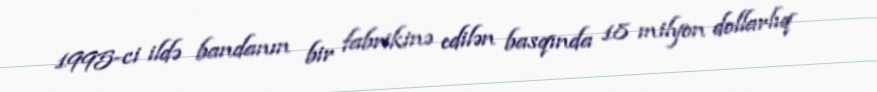
1995-ci ildə bandanın bir fabrikinə edilən basqında 18 milyon dollarlıq